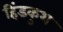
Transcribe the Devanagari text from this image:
हिंडकुश